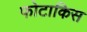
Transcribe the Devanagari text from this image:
फोटाकिस